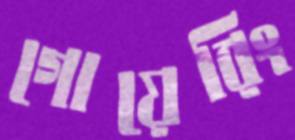
গোয়েরিং